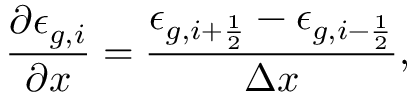
\frac { \partial \epsilon _ { g , i } } { \partial x } = \frac { \epsilon _ { g , i + \frac { 1 } { 2 } } - \epsilon _ { g , i - \frac { 1 } { 2 } } } { \Delta x } ,